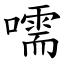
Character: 嚅